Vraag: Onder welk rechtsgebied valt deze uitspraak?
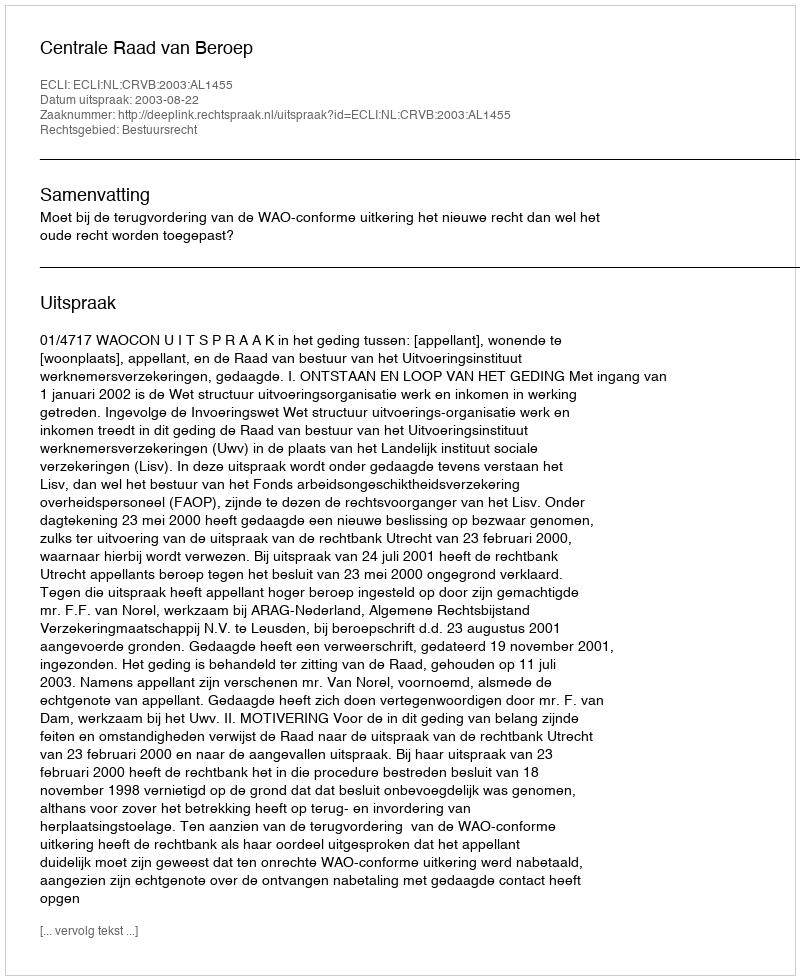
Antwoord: Bestuursrecht